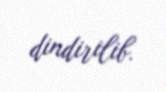
dindirilib.